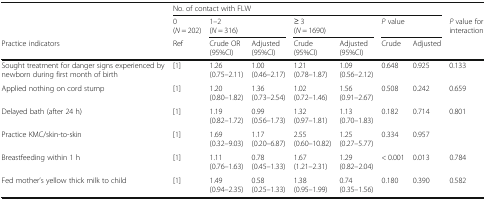
<table><thead><tr><td rowspan="2">[EMPTY_CELL]</td><td colspan="7"><b>No. of contact with FLW</b></td><td>[EMPTY_CELL]</td></tr><tr><td><b>0(<i>N</i> = 202)</b></td><td colspan="2"><b>1–2(<i>N</i> = 316)</b></td><td colspan="2"><b>≥ 3(<i>N</i> = 1690)</b></td><td colspan="2"><b><i>P</i> value</b></td><td><b><i>P</i> value for interaction</b></td></tr><tr><td><b>Practice indicators</b></td><td><b>Ref</b></td><td><b>Crude OR(95%CI)</b></td><td><b>Adjusted(95%CI)</b></td><td><b>Crude(95%CI)</b></td><td><b>Adjusted(95%CI)</b></td><td><b>Crude</b></td><td><b>Adjusted</b></td><td>[EMPTY_CELL]</td></tr></thead><tbody><tr><td>Sought treatment for danger signs experienced by newborn during first month of birth</td><td>[1]</td><td>1.26(0.75–2.11)</td><td>1.00(0.46–2.17)</td><td>1.21(0.78–1.87)</td><td>1.09(0.56–2.12)</td><td>0.648</td><td>0.925</td><td>0.133</td></tr><tr><td>Applied nothing on cord stump</td><td>[1]</td><td>1.20(0.80–1.82)</td><td>1.36(0.73–2.54)</td><td>1.02(0.72–1.46)</td><td>1.56(0.91–2.67)</td><td>0.508</td><td>0.242</td><td>0.659</td></tr><tr><td>Delayed bath (after 24 h)</td><td>[1]</td><td>1.19(0.82–1.72)</td><td>0.99(0.56–1.73)</td><td>1.32(0.97–1.81)</td><td>1.13(0.70–1.83)</td><td>0.182</td><td>0.714</td><td>0.801</td></tr><tr><td>Practice KMC/skin-to-skin</td><td>[1]</td><td>1.69(0.32–9.03)</td><td>1.17(0.20–6.87)</td><td>2.55(0.60–10.82)</td><td>1.25(0.27–5.77)</td><td>0.334</td><td>0.957</td><td>[EMPTY_CELL]</td></tr><tr><td>Breastfeeding within 1 h</td><td>[1]</td><td>1.11(0.76–1.63)</td><td>0.78(0.45–1.33)</td><td>1.67(1.21–2.31)</td><td>1.29(0.82–2.04)</td><td>&lt; 0.001</td><td>0.013</td><td>0.784</td></tr><tr><td>Fed mother’s yellow thick milk to child</td><td>[1]</td><td>1.49(0.94–2.35)</td><td>0.58(0.25–1.33)</td><td>1.38(0.95–1.99)</td><td>0.74(0.35–1.56)</td><td>0.180</td><td>0.390</td><td>0.582</td></tr></tbody></table>